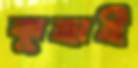
ঝুহাই